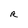
Character: R